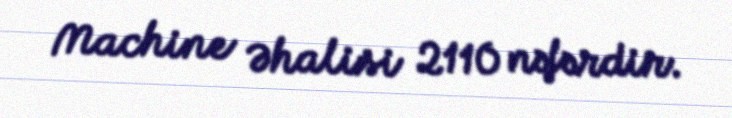
Machine Əhalisi 2110 nəfərdir.